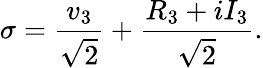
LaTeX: \sigma=\frac{v_{3}}{\sqrt 2}+\frac{R_{3}+iI_{3}}{\sqrt{2}}.